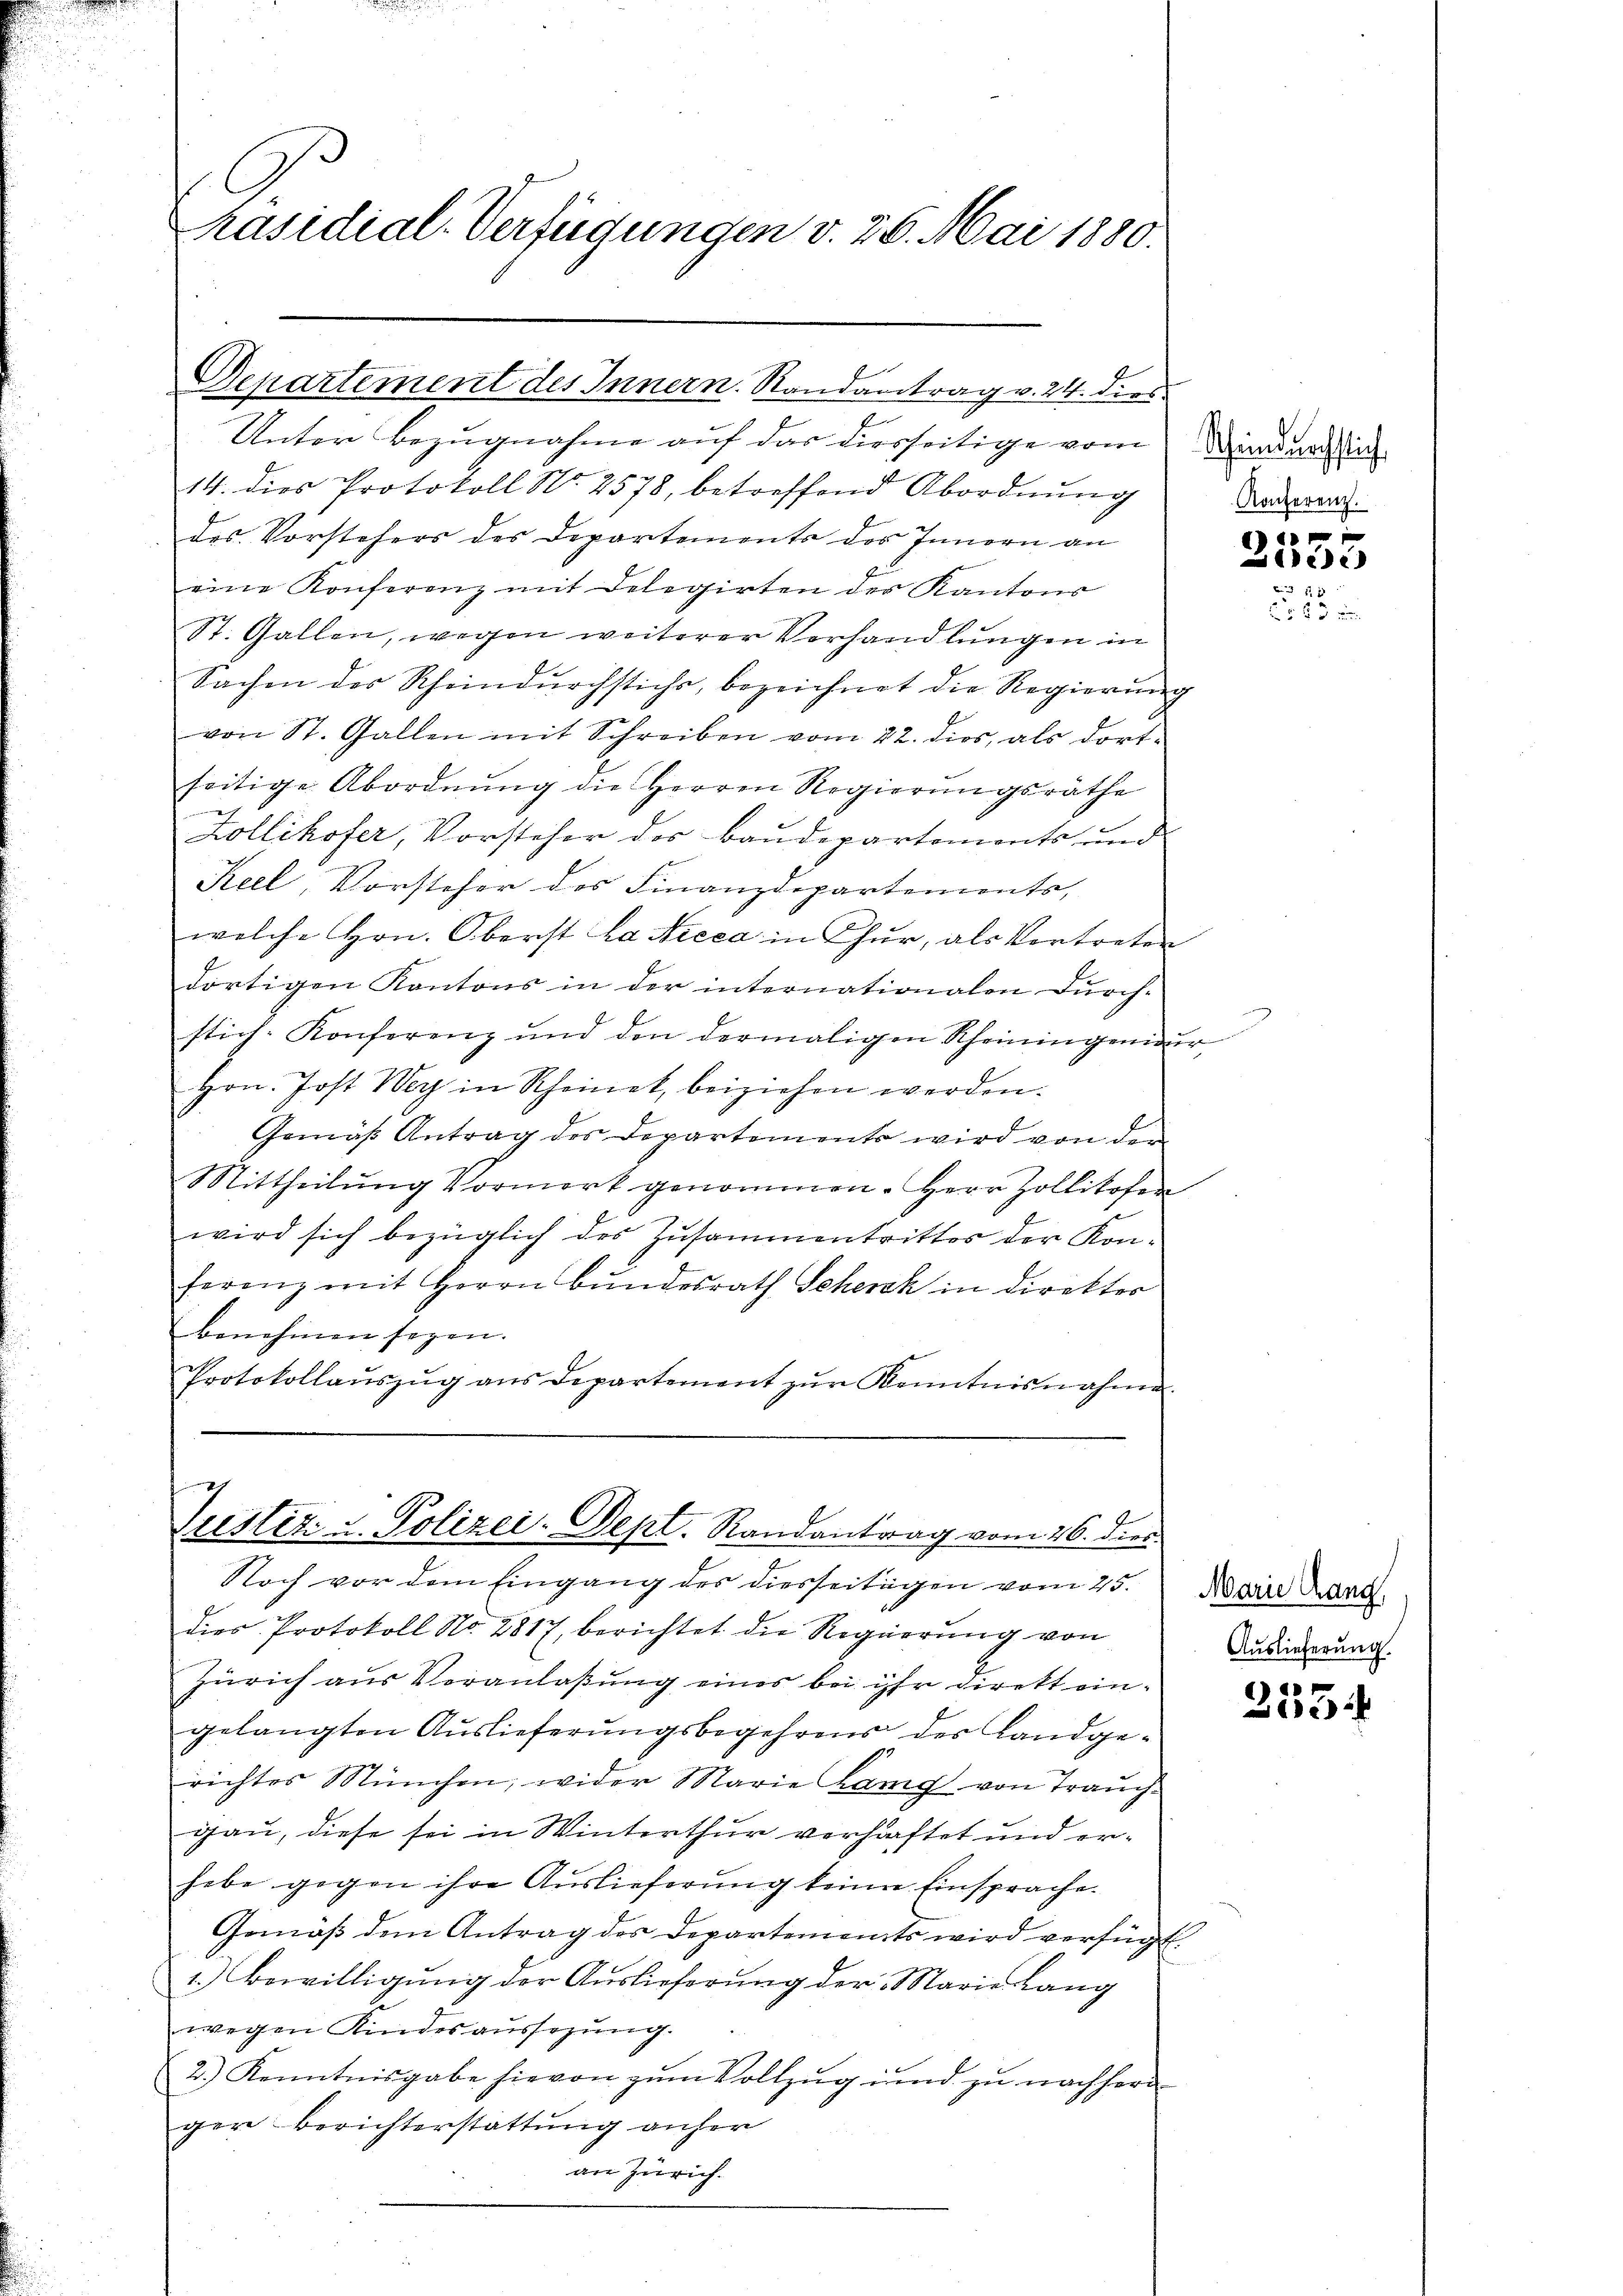
räsidial-Verfügungen v. 26. Mai 1880.

Departement des Innern. Randantrag v. 24. dies

Unter Bezugnahme auf das hierseitige vom Minden in
14. dies Protokoll No 2578, betreffend Abordnŭng
des Vorstehers des Departements des Innern an
eine Konferenz mit Delegirten der Kantons
St. Gallen, wegen weiterer Verhandlungen in
Sachen des Rheindurchstichs, bezeichnet die Regierung
von St. Gallen mit Schreiben vom 22. dies, als dort
seitige Abordnung die Herren Regierungsräthe
.
Köllikofer, Vorsteher des Baudepartements und
Keel Vorsteher des Finanzdepartements,
welche Hrn. Oberst La Nicca in Chur, als Vortreten
dortigen Kantons in der internationalen Durch-
stich-Konferenz und den dermaligen Rheiningenieur,
Hrn. Jost Weg in Scheinek, beiziehen werden.
Gemäß Antrag des Departements wird von den
Mittheilŭng Vormort genommen. Herr Zollikofen
wird sich bezüglich des Zusammentrittes der Kon-
ferenz mit Herrn Bundesrath Schenk in direktor
benehmen sehen.
Protokollaŭszŭg ans Departement zŭr Kenntnisnahme

Justiz- & Polizei- Sept. Randantrag vom 26. dies.
Noch vor dem Eingang des diesseitigen vom 25.

dies Protokoll No 2817, berichtet die Regierung von
Zürich aus Veranlaßung eines bei ihr direkt eingelangten Auslieferungsbegehrens der Landgerichtes München, wider Marie hang von Trauch
gau, diese sei in Winterthur verhaftet und erhabe gegen ihre Auslieferung keiner Einsprache.
Gemäß dem Antrag des Departements wird verfügt.
1.) Bewilligung der Auslieferung der Marie Lang
wegen Kindesaussezung.
2.) Kenntnisgabe hievon zum Vollzug und zu nachher
ger Berichterstattung anher
an Zürich.

Konferenz.

f
i)

Marie Gang,
Auslieferung.

)
xx